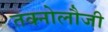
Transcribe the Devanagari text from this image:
तक्नोलौजी